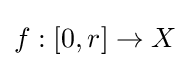
f:[0,r]\to X